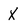
Character: X